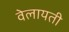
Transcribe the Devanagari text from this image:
वेलायती